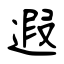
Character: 遐